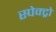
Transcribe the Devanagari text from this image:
स्पेक्ट्रो